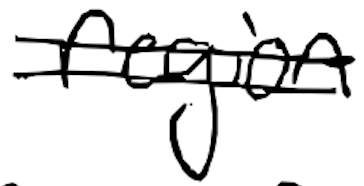
Text: region
Cross-out: double-line
Writing tool: digital_black